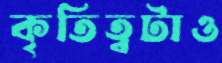
কৃতিত্বটাও